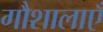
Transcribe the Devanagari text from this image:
गौशालाएँ